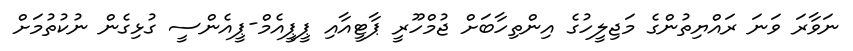
ނަވާރަ ވަނަ ރައްޔިތުންގެ މަޖިލީހުގެ އިންތިހާބަށް ޖުމްހޫރީ ޕާޓީއާއި ޕީޕީއެމް-ޕީއެންސީ ގުޅިގެން ނުކުތުމަށް